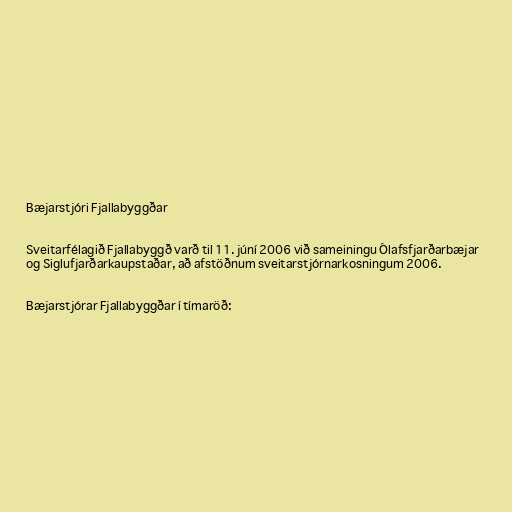
Bæjarstjóri Fjallabyggðar

Sveitarfélagið Fjallabyggð varð til 11. júní 2006 við sameiningu Ólafsfjarðarbæjar
og Siglufjarðarkaupstaðar, að afstöðnum sveitarstjórnarkosningum 2006.

Bæjarstjórar Fjallabyggðar í tímaröð: